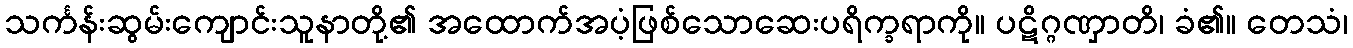
သင်္ကန်းဆွမ်းကျောင်းသူနာတို့၏ အထောက်အပံ့ဖြစ်သောဆေးပရိက္ခရာကို။ ပဋိဂ္ဂဏှာတိ၊ ခံ၏။ တေသံ၊